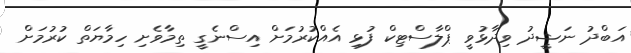
އަބްދު ނަޝީދު ވިދާޅުވީ ޕްލާސްޓިކް ފުޅި އެއްކުރުމަށް އިސްނެގީ ތިމާވެށި ހިމާޔަތް ކުރުމަށް